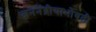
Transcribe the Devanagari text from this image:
जननेंद्रीयाभोवती